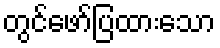
တွင်ဖော်ပြထားသော